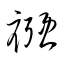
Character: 襁